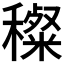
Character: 𥢽